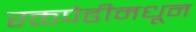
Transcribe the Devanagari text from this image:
रक्तपेढीमधून